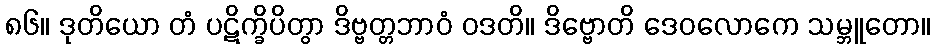
၈၆။ ဒုတိယော တံ ပဋိက္ခိပိတွာ ဒိဗ္ဗတ္တဘာဝံ ဝဒတိ။ ဒိဗ္ဗောတိ ဒေဝလောကေ သမ္ဘူတော။